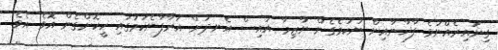
ގިނައިރެއްނުވެ ފާޚާނާއިން ނުކުމެގެން ނާޒިމާ އައިސް އެނދަށް އަރާފާނެކަމުގައި ހީކޮށްގެން އޮވެ އެވެ.